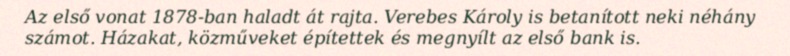
Az első vonat 1878-ban haladt át rajta. Verebes Károly is betanított neki néhány számot. Házakat, közműveket építettek és megnyílt az első bank is.